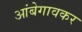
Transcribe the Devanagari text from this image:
आंबेगावकर